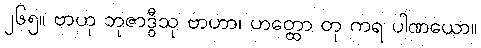
၂၆၅။ ဗာဟု ဘုဇာဒွီသု ဗာဟာ၊ ဟတ္ထော တု ကရ ပါဏယော။